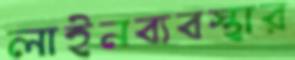
লাইনব্যবস্থার